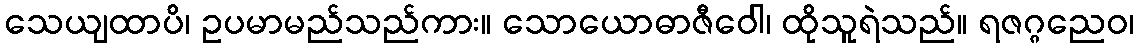
သေယျထာပိ၊ ဥပမာမည်သည်ကား။ သောယောဓာဇီဝေါ၊ ထိုသူရဲသည်။ ရဇဂ္ဂညေဝ၊